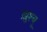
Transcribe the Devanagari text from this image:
ख़ुश्बू